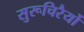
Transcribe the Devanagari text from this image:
सुरूचिरैर्यो